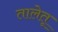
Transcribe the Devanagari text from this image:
तालेतू